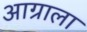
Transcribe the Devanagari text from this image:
आग्राला